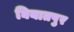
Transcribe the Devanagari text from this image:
घियातपुर